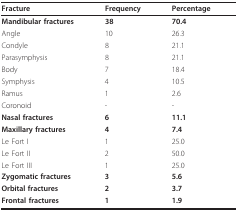
| Fracture | Frequency | Percentage |
 | --- | --- | --- |
 | Mandibular fractures | 38 | 70.4 |
 | Angle | 10 | 26.3 |
 | Condyle | 8 | 21.1 |
 | Parasymphysis | 8 | 21.1 |
 | Body | 7 | 18.4 |
 | Symphysis | 4 | 10.5 |
 | Ramus | 1 | 2.6 |
 | Coronoid | - | - |
 | Nasal fractures | 6 | 11.1 |
 | Maxillary fractures | 4 | 7.4 |
 | Le Fort I | 1 | 25.0 |
 | Le Fort II | 2 | 50.0 |
 | Le Fort III | 1 | 25.0 |
 | Zygomatic fractures | 3 | 5.6 |
 | Orbital fractures | 2 | 3.7 |
 | Frontal fractures | 1 | 1.9 |